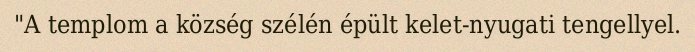
"A templom a község szélén épült kelet-nyugati tengellyel.